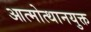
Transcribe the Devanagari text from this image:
आत्मोत्थानयुक्त